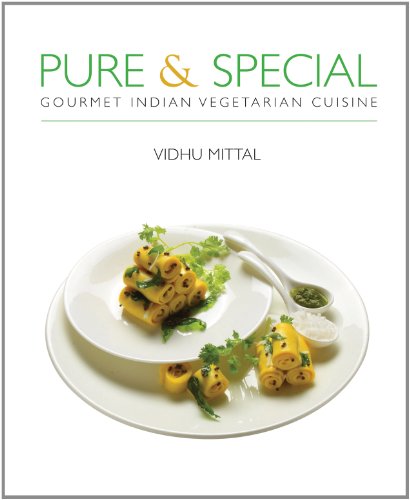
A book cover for Pure and Special: Gourmet Indian Vegetarian Cuisine; Vidhu Mittal; Cookbooks, Food & Wine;